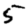
Digit: 5